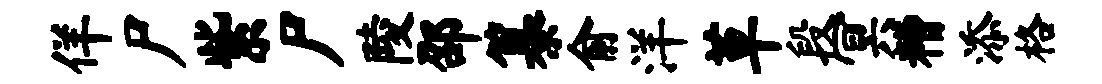
佯尸紫尸陵邵纂俞洋草段冥糟添格